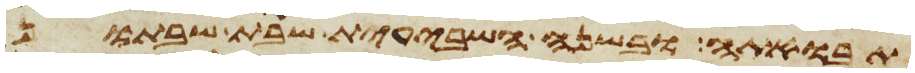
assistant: תבואתה ובשנה השביעית שבת שבתון